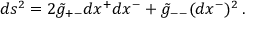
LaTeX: d s ^ { 2 } = 2 \tilde { g } _ { + - } d x ^ { + } d x ^ { - } + \tilde { g } _ { -- } ( d x ^ { - } ) ^ { 2 } \, .